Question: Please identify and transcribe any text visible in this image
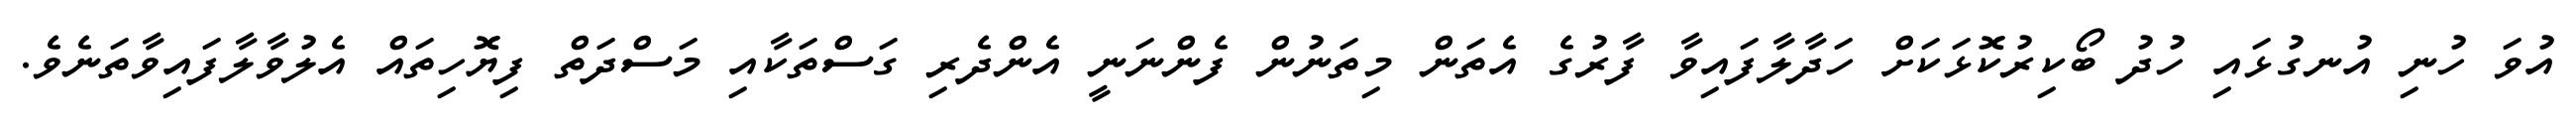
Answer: އުވަ ހުނި އުނގުޅައި ހުދު ބޯކިރުކޮޅަކަށް ހަދާލާފައިވާ ފާރުގެ އެތަން މިތަނުން ފެންނަނީ އެންދެރި ގަސްތަކާއި މަސްދަތް ފިޔޮހިތައް އެލުވާލާފައިވާތަނެވެ.